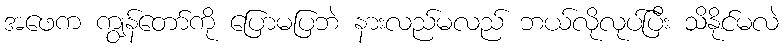
အဖေက ကျွန်တော်ကို ပြောမပြဘဲ နားလည်မလည် ဘယ်လိုလုပ်ပြီး သိနိုင်မလဲ